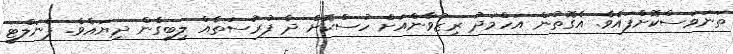
ތަނަވަސްކޮށްފައެވެ. އެގޮތުން އަހްމަދު ރިޒުވާންއަށް ހުސްކޮށް ދެ ފުރުސަތެއް ލިބިގެން ދިޔައެވެ. ޕެނަލްޓީ